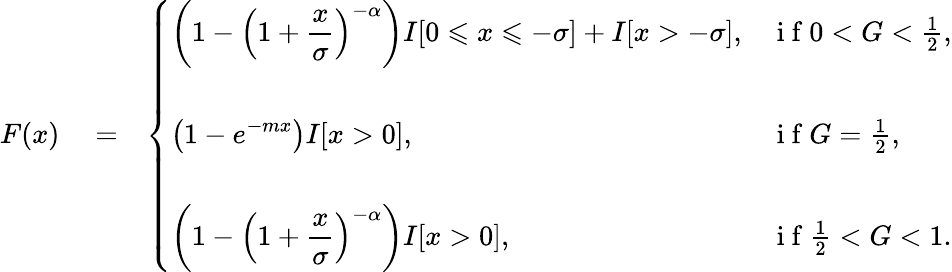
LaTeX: \begin{array}{rlr}{F(x)}&{{}=}&{\left\{ \begin{array}{ll}{\displaystyle\left(1-\left(1+\frac{x}{\sigma}\right)^{-\alpha}\right)I[0\leqslant x\leqslant-\sigma]+I[x>-\sigma],}&{\mathrm{~i~f~}0<G<\frac{1}{2},}\\ {\quad}\\ {\displaystyle\left(1-e^{-mx}\right)I[x>0],}&{\mathrm{~i~f~}G=\frac{1}{2},}\\ {\quad}\\ {\displaystyle\left(1-\left(1+\frac{x}{\sigma}\right)^{-\alpha}\right)I[x>0],}&{\mathrm{~i~f~}\frac{1}{2}<G<1.}\end{array}\right.}\end{array}